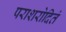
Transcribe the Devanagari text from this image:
पराशरोदितं